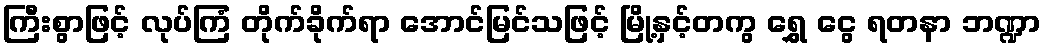
ကြီးစွာဖြင့် လုပ်ကြံ တိုက်ခိုက်ရာ အောင်မြင်သဖြင့် မြို့နှင့်တကွ ရွှေ ငွေ ရတနာ ဘဏ္ဍာ